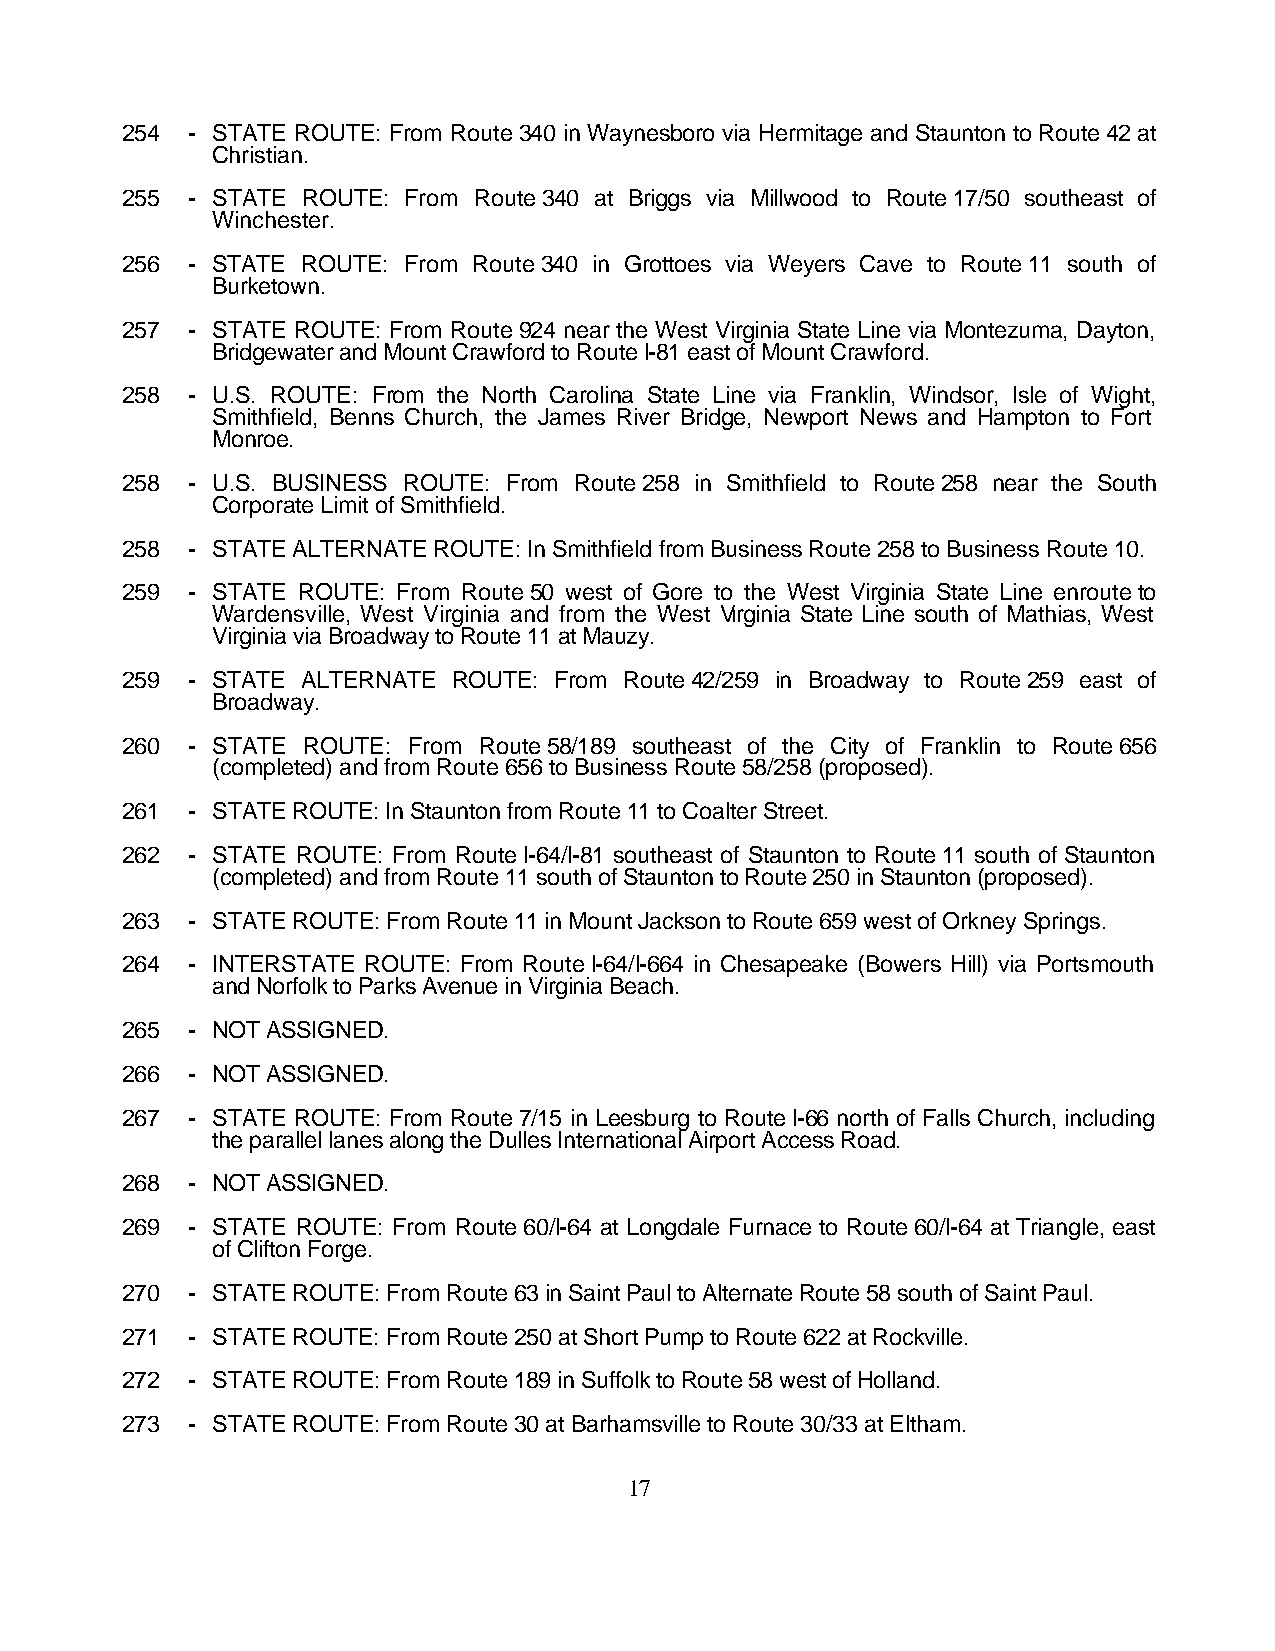
254 - STATE ROUTE: From Route 340 in Waynesboro via Hermitage and Staunton to Route 42 at
 Christian.
 255 - STATE ROUTE: From Route 340 at Briggs via Millwood to Route 17/50 southeast of
 Winchester.
 256 - STATE ROUTE: From Route 340 in Grottoes via Weyers Cave to Route 11 south of
 Burketown.
 257 - STATE ROUTE: From Route 924 near the West Virginia State Line via Montezuma, Dayton,
 Bridgewater and Mount Crawford to Route I-81 east of Mount Crawford.
 258 - U.S. ROUTE: From the North Carolina State Line via Franklin, Windsor, Isle of Wight,
 Smithfield, Benns Church, the James River Bridge, Newport News and Hampton to Fort
 Monroe.
 258 - U.S. BUSINESS ROUTE: From Route 258 in Smithfield to Route 258 near the South
 Corporate Limit of Smithfield.
 258 - STATE ALTERNATE ROUTE: In Smithfield from Business Route 258 to Business Route 10.
 259 - STATE ROUTE: From Route 50 west of Gore to the West Virginia State Line enroute to
 Wardensville, West Virginia and from the West Virginia State Line south of Mathias, West
 Virginia via Broadway to Route 11 at Mauzy.
 259 - STATE ALTERNATE ROUTE: From Route 42/259 in Broadway to Route 259 east of
 Broadway.
 260 - STATE ROUTE: From Route 58/189 southeast of the City of Franklin to Route 656
 (completed) and from Route 656 to Business Route 58/258 (proposed).
 261 - STATE ROUTE: In Staunton from Route 11 to Coalter Street.
 262 - STATE ROUTE: From Route I-64/I-81 southeast of Staunton to Route 11 south of Staunton
 (completed) and from Route 11 south of Staunton to Route 250 in Staunton (proposed).
 263 - STATE ROUTE: From Route 11 in Mount Jackson to Route 659 west of Orkney Springs.
 264 - INTERSTATE ROUTE: From Route I-64/I-664 in Chesapeake (Bowers Hill) via Portsmouth
 and Norfolk to Parks Avenue in Virginia Beach.
 265 - NOT ASSIGNED.
 266 - NOT ASSIGNED.
 267 - STATE ROUTE: From Route 7/15 in Leesburg to Route I-66 north of Falls Church, including
 the parallel lanes along the Dulles International Airport Access Road.
 268 - NOT ASSIGNED.
 269 - STATE ROUTE: From Route 60/I-64 at Longdale Furnace to Route 60/I-64 at Triangle, east
 of Clifton Forge.
 270 - STATE ROUTE: From Route 63 in Saint Paul to Alternate Route 58 south of Saint Paul.
 271 - STATE ROUTE: From Route 250 at Short Pump to Route 622 at Rockville.
 272 - STATE ROUTE: From Route 189 in Suffolk to Route 58 west of Holland.
 273 - STATE ROUTE: From Route 30 at Barhamsville to Route 30/33 at Eltham.
 17